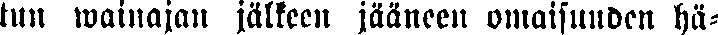
tun wainajan jälkeen jääneen omaisuuden hä-